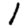
Digit: 1